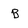
Character: B